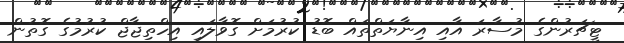
ޓީޗަރުންގެ މުސާރަ އާއި އިނާޔަތްތައް ބޮޑު ކުރުމަށް ގޮވާލައި އިހްތިޖާޖް ކުރުމުގެ ގޮތުން